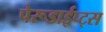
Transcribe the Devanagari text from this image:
पेरूडाईप्ट्स